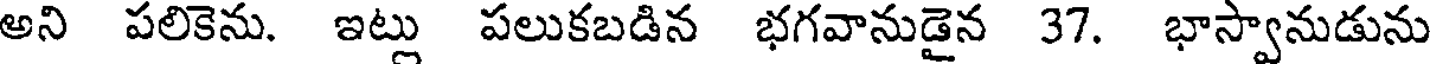
అని పలికెను. ఇట్లు పలుకబడిన భగవానుడైన 37. భాస్వానుడును